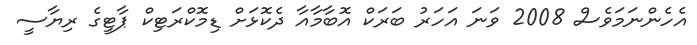
އެހެންނަމަވެސް 2008 ވަނަ އަހަރު ބަރަކް އޮބާމާއާ ދެކޮޅަށް ޑިމޮކްރަޓިކް ޕާޓީގެ ރިޔާސީ